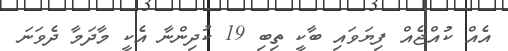
އެއް ކުއްޖެއް ފިޔަވައި ބާކީ ތިބި 19 ކުދިންނާ އެކީ މާދަމާ ދެވަނަ